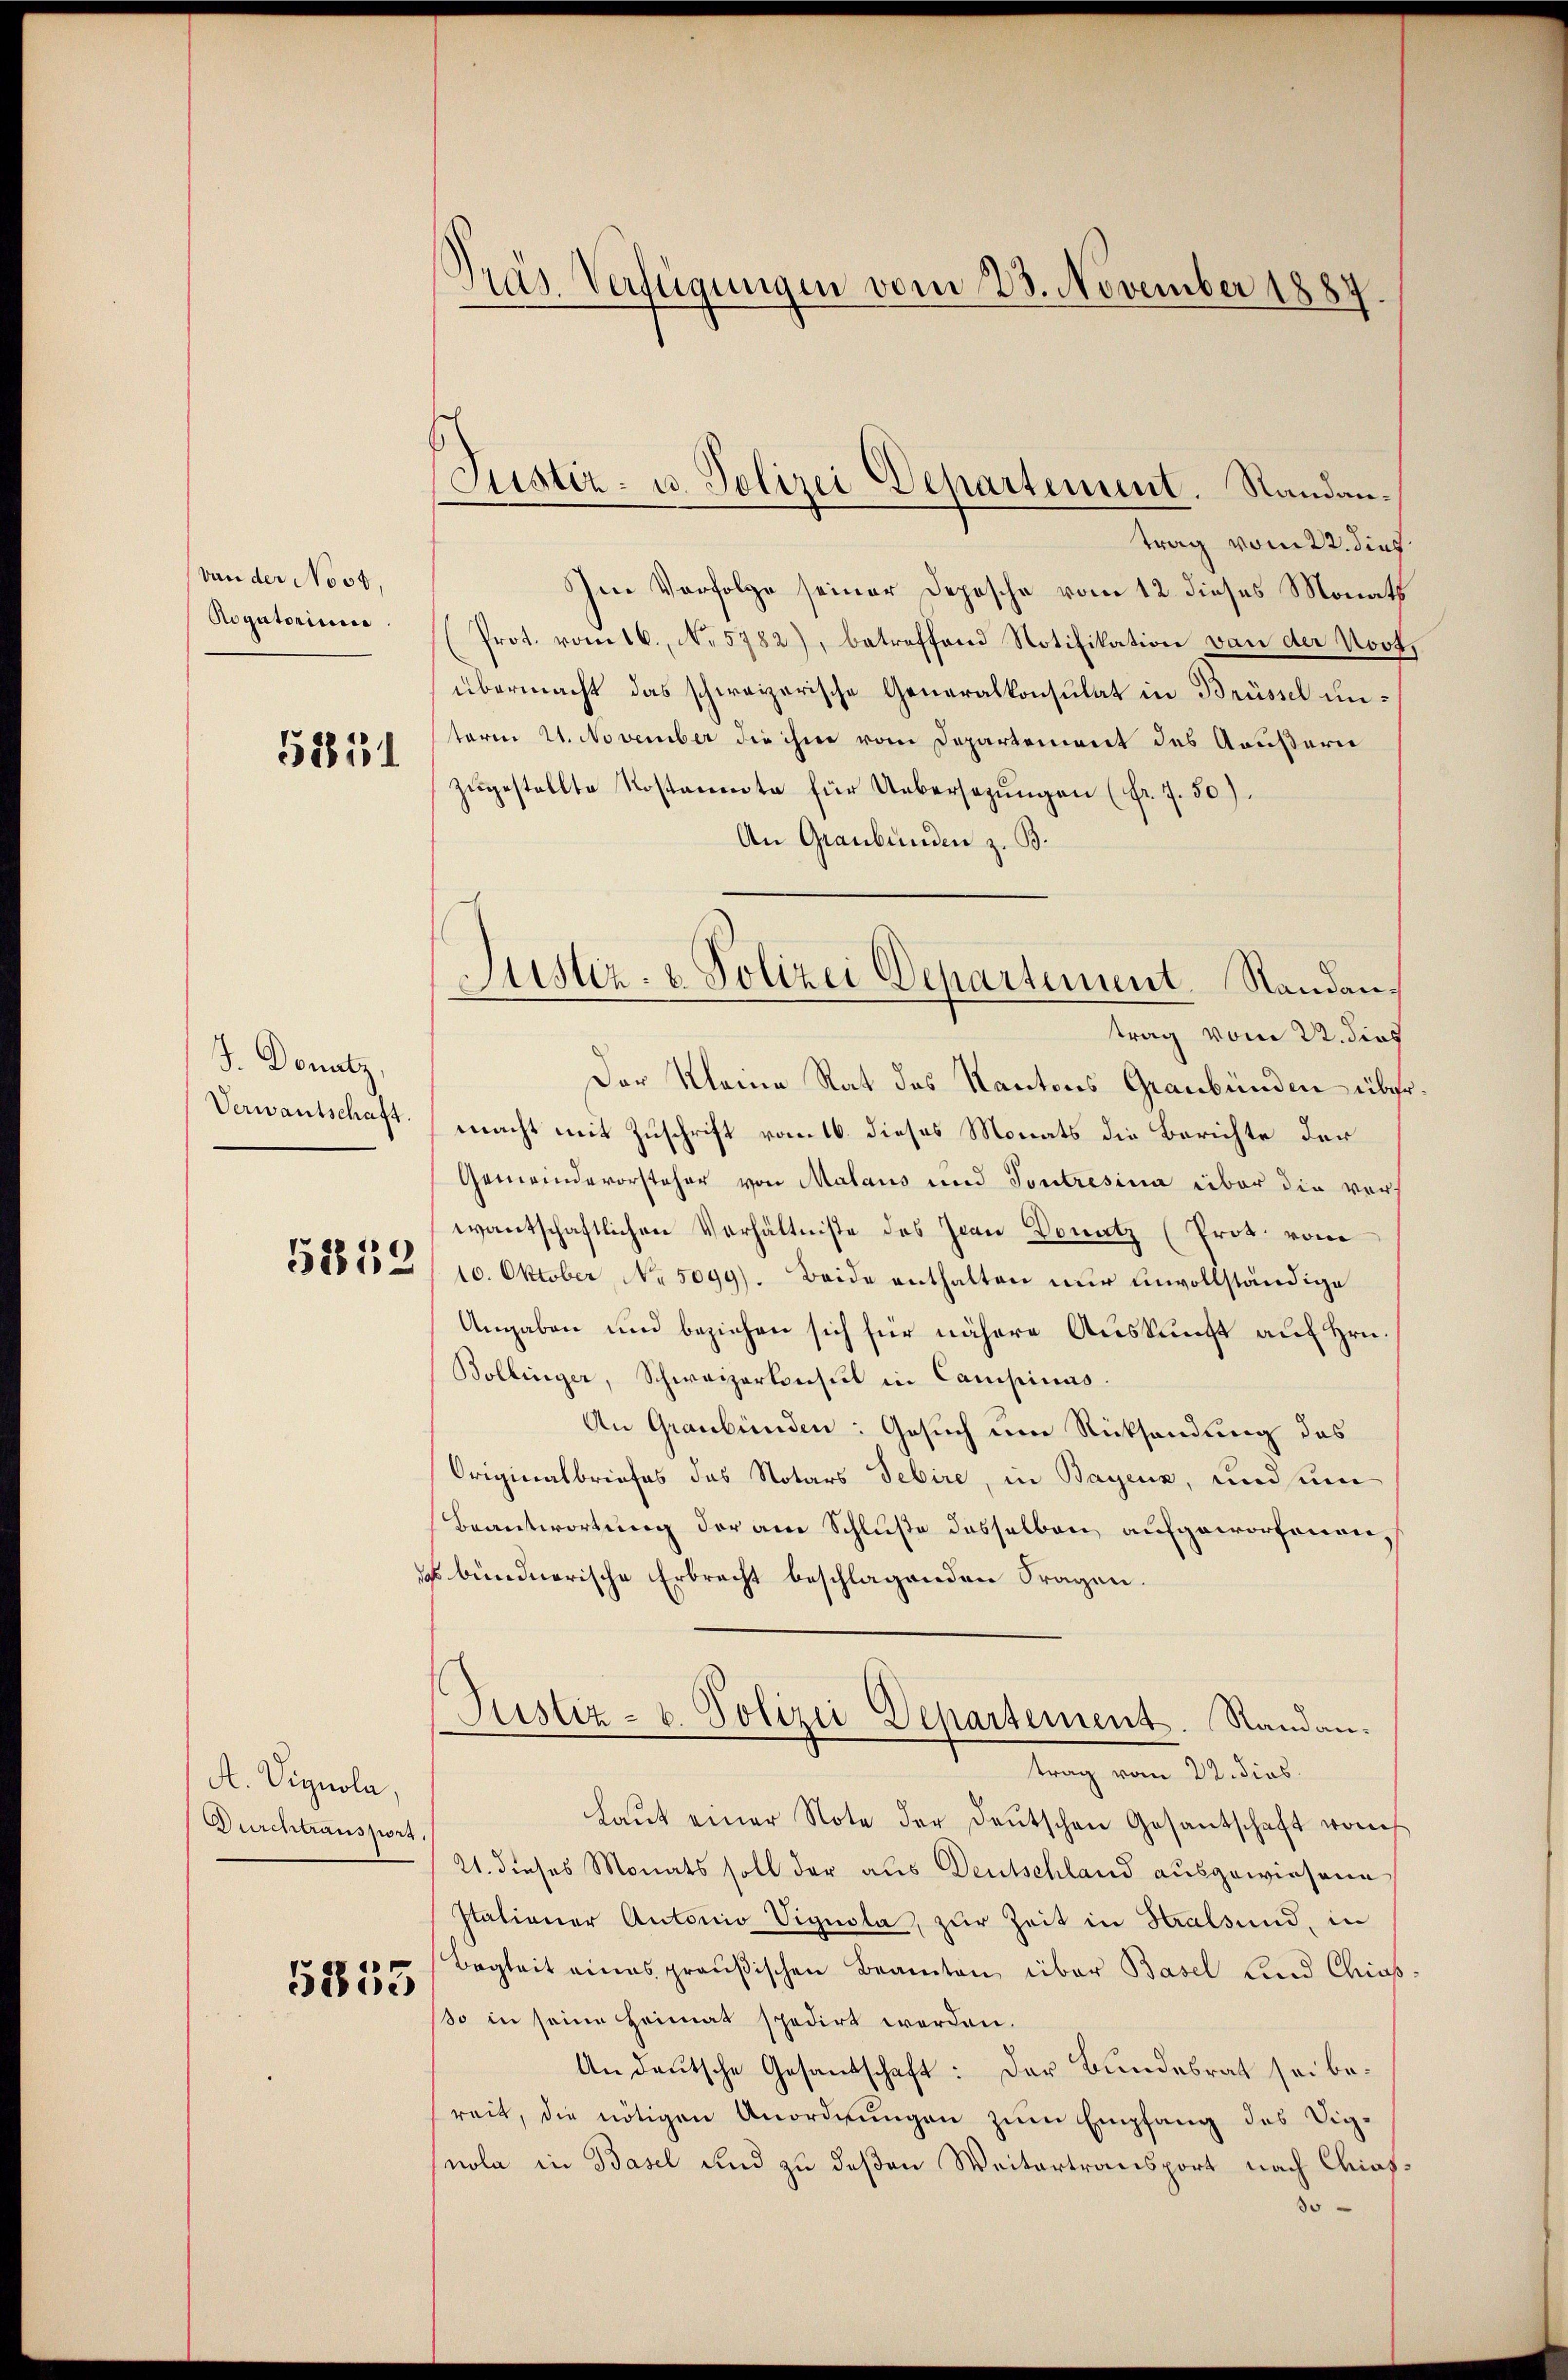
von der Noot,
Rogatorium.

5811

J. Donatz,
Verwantschaft.

5259

A. Vignola,
Durchtransport.

5353

Pras Verfügungen vom 23. November 1887.

Justiz- u. Polizei Departement. Standan¬

trag vom 22. dies
Den Verfolge seiner Depesche vom 12. dieses Monats
(Prot. vom 16. No. 5782), betreffend Notifikation von der Vort,
übermacht das schweizerische Generalkonsulat in Brüssel unterm 21. November die ihm vom Departeniret des Gaußern
zugestellte Rostamente für Uebersagungen (fr. 7. 50)
An Graubünden z. B.
trag vom 22. dies
Der Kleine Rat des Kantons Graubünden über
macht mit Zuschrift vom 16. dieses Monats die Berichte der
Gemeindevorsteher von Malaus und Toutresina über die vor-
wantschaftlichen Verhältnisse des Jean Donatz (Prot. vom
10. Oktober No. 5099). Beide enthalten nur unvollständige
Angaben und beziehen sich für nähere Auskunft auf Hrn.
Bollinger, Schweizerkonsul in Campinas.
An Graubünden: Gesuch ein Rücksendung des
Originalbriefes das Notars Gebire, in Bayenz, und sum
Beantwortung der am Schluße desselben aufgeworfenen,
 bündnerische Erbrecht beschlagenden Fragen.
Justiz- u. Polizei Departement. Randantrag vom 22. dies
Laut einer Note der Deutschen Gesantschaft von
21. dieses Monats soll der aus Deutschland ausgewiesene
Itationer Antonio Vignola, zur Zeit in Stralsund, in
Begleit eines preußischen Beamten, über Basel Lind Chiasso in seine Heimat spedirt worden.
Andeutsche Gesandschaft: Der Bundesrat sei bereit, die nötigen Anordnungen zum Empfang des Signola in Basel und zu deßen Weitertransport nach Chias¬
30

Justiz- & Polizei Departement. Standau.